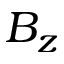
B _ { z }